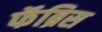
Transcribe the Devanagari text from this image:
फॅब्रिस